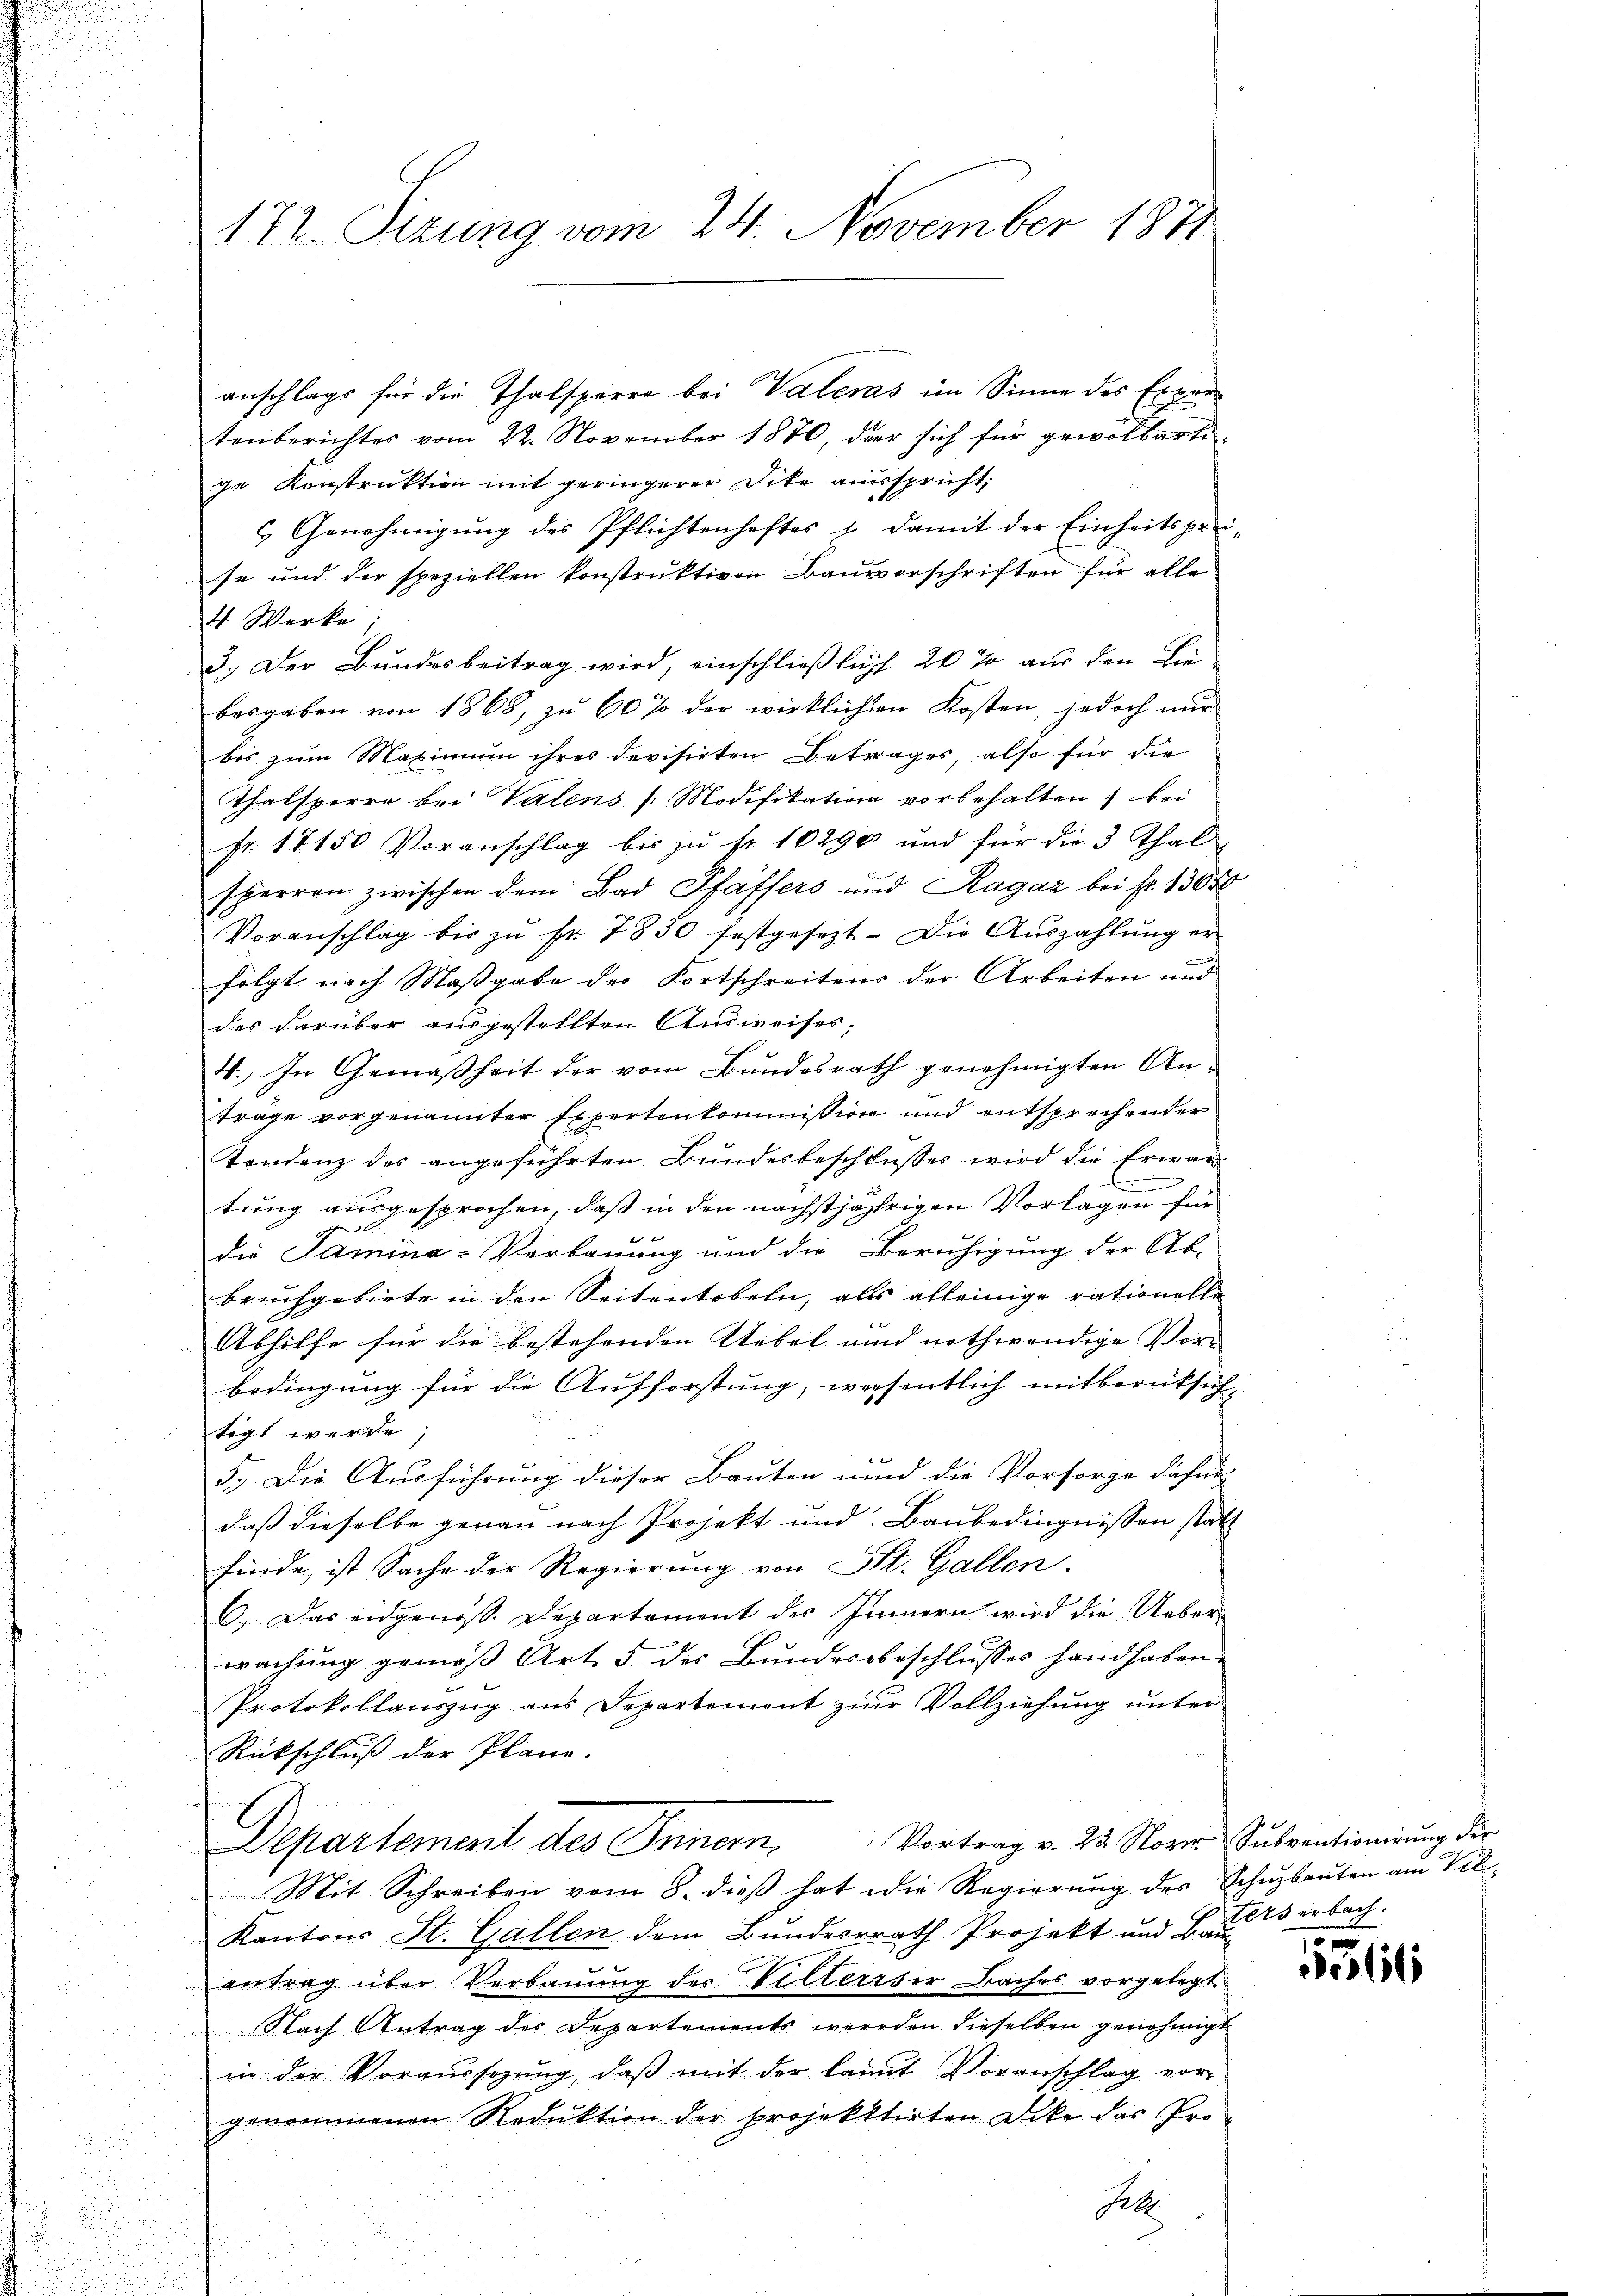
.

anschlags für die Thalsparre bei Vaters im Sinne des Expertenberichtes vom 22. November 1870, der sich für gewolbarte
ge Konstruktion mit geringerer Dite ausspricht.
& Genehmigung des Pflichtenhaftes & damit der Einheitspre-
se und der speziellen konstruktiven Bauvorschriften für alle
4. Werke;
3.) Der Bundesbeitrag wird, einschließlicht 20 % aus den Lie
besgaben von 1868, zu 60 % der wirklichen Kosten, jedoch nur
bis zum Maximum ihres devisirten Betrages, also für die
Thalsperre bei Valens /: Modifikation vorbehalten, bei
Fr. 17150 Voranschlag bis zu fr. 10290 und für die 3 Thal¬
E
sherren zwischen dem Bad Pfäffers und Ragaz bei Fr. 13050
Voranschlag bis zu Fr. 7830 festgesezt. Die Auszahlung erfolgt nach Maßgabe der Fortschreitens der Arbeiten und
des darüber ausgestellten Ausweises;
4. In Gemäßheit der vom Bundesrath genehmigten Anträge vorgenannter Expertenkommission und entsprechender
Tendenz des angeführten Bundesbeschlusses wird die Erwar¬
.
tung ausgesprochen, daß in den nächstjährigen Vorlagen für
die Samina-Verbauung und die Beruhigung der Ab-
bruchgebiete in den Seitentobeln, als alleinige rationellaf
Abhilfe für die bestehenden Uebel und nothwendige Vor-
bedingung für die Aufforstung, wesentlich mitberücksich-
tigt werde,

5.) Die Ausführung dieser Bauten und die Vorsorge dahin
daß dieselbe genau nach Projekt und Baubedingnissen statt
finde, ist Sache der Regierung von St. Gallen.
C.) Das eidgenoss. Departement des Innern wird die Ueberwachung gemäβ Art. 5 des Bundesbeschlusses handhaben
Protokollauszug aus Departement zur Vollziehung unter
d
Rückschlŭβ der Plane.
u
Departement des Innern, Vortrag v. 22. Nover Subventionirung des
Mit Schreiben vom 8. dieß hat die Regierung des Schuzbauten am Vold
Kantons St. Gallen dem Bundesrath Projekt und Bau erbach¬
5
antrag über Verbauung des Veltereser Baches vorgelegt
Nach Antrag des Departements werden dieselben genehmigt
in der Voraŭsstzŭng, daβ mit der laŭt Voranschlag vor-
genommenen Reduktion der projekttirten Dike das Pro¬
Jele

172. Sizung vom 24. November 1871

c

Pelli